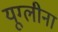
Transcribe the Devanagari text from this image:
यूग्लीना